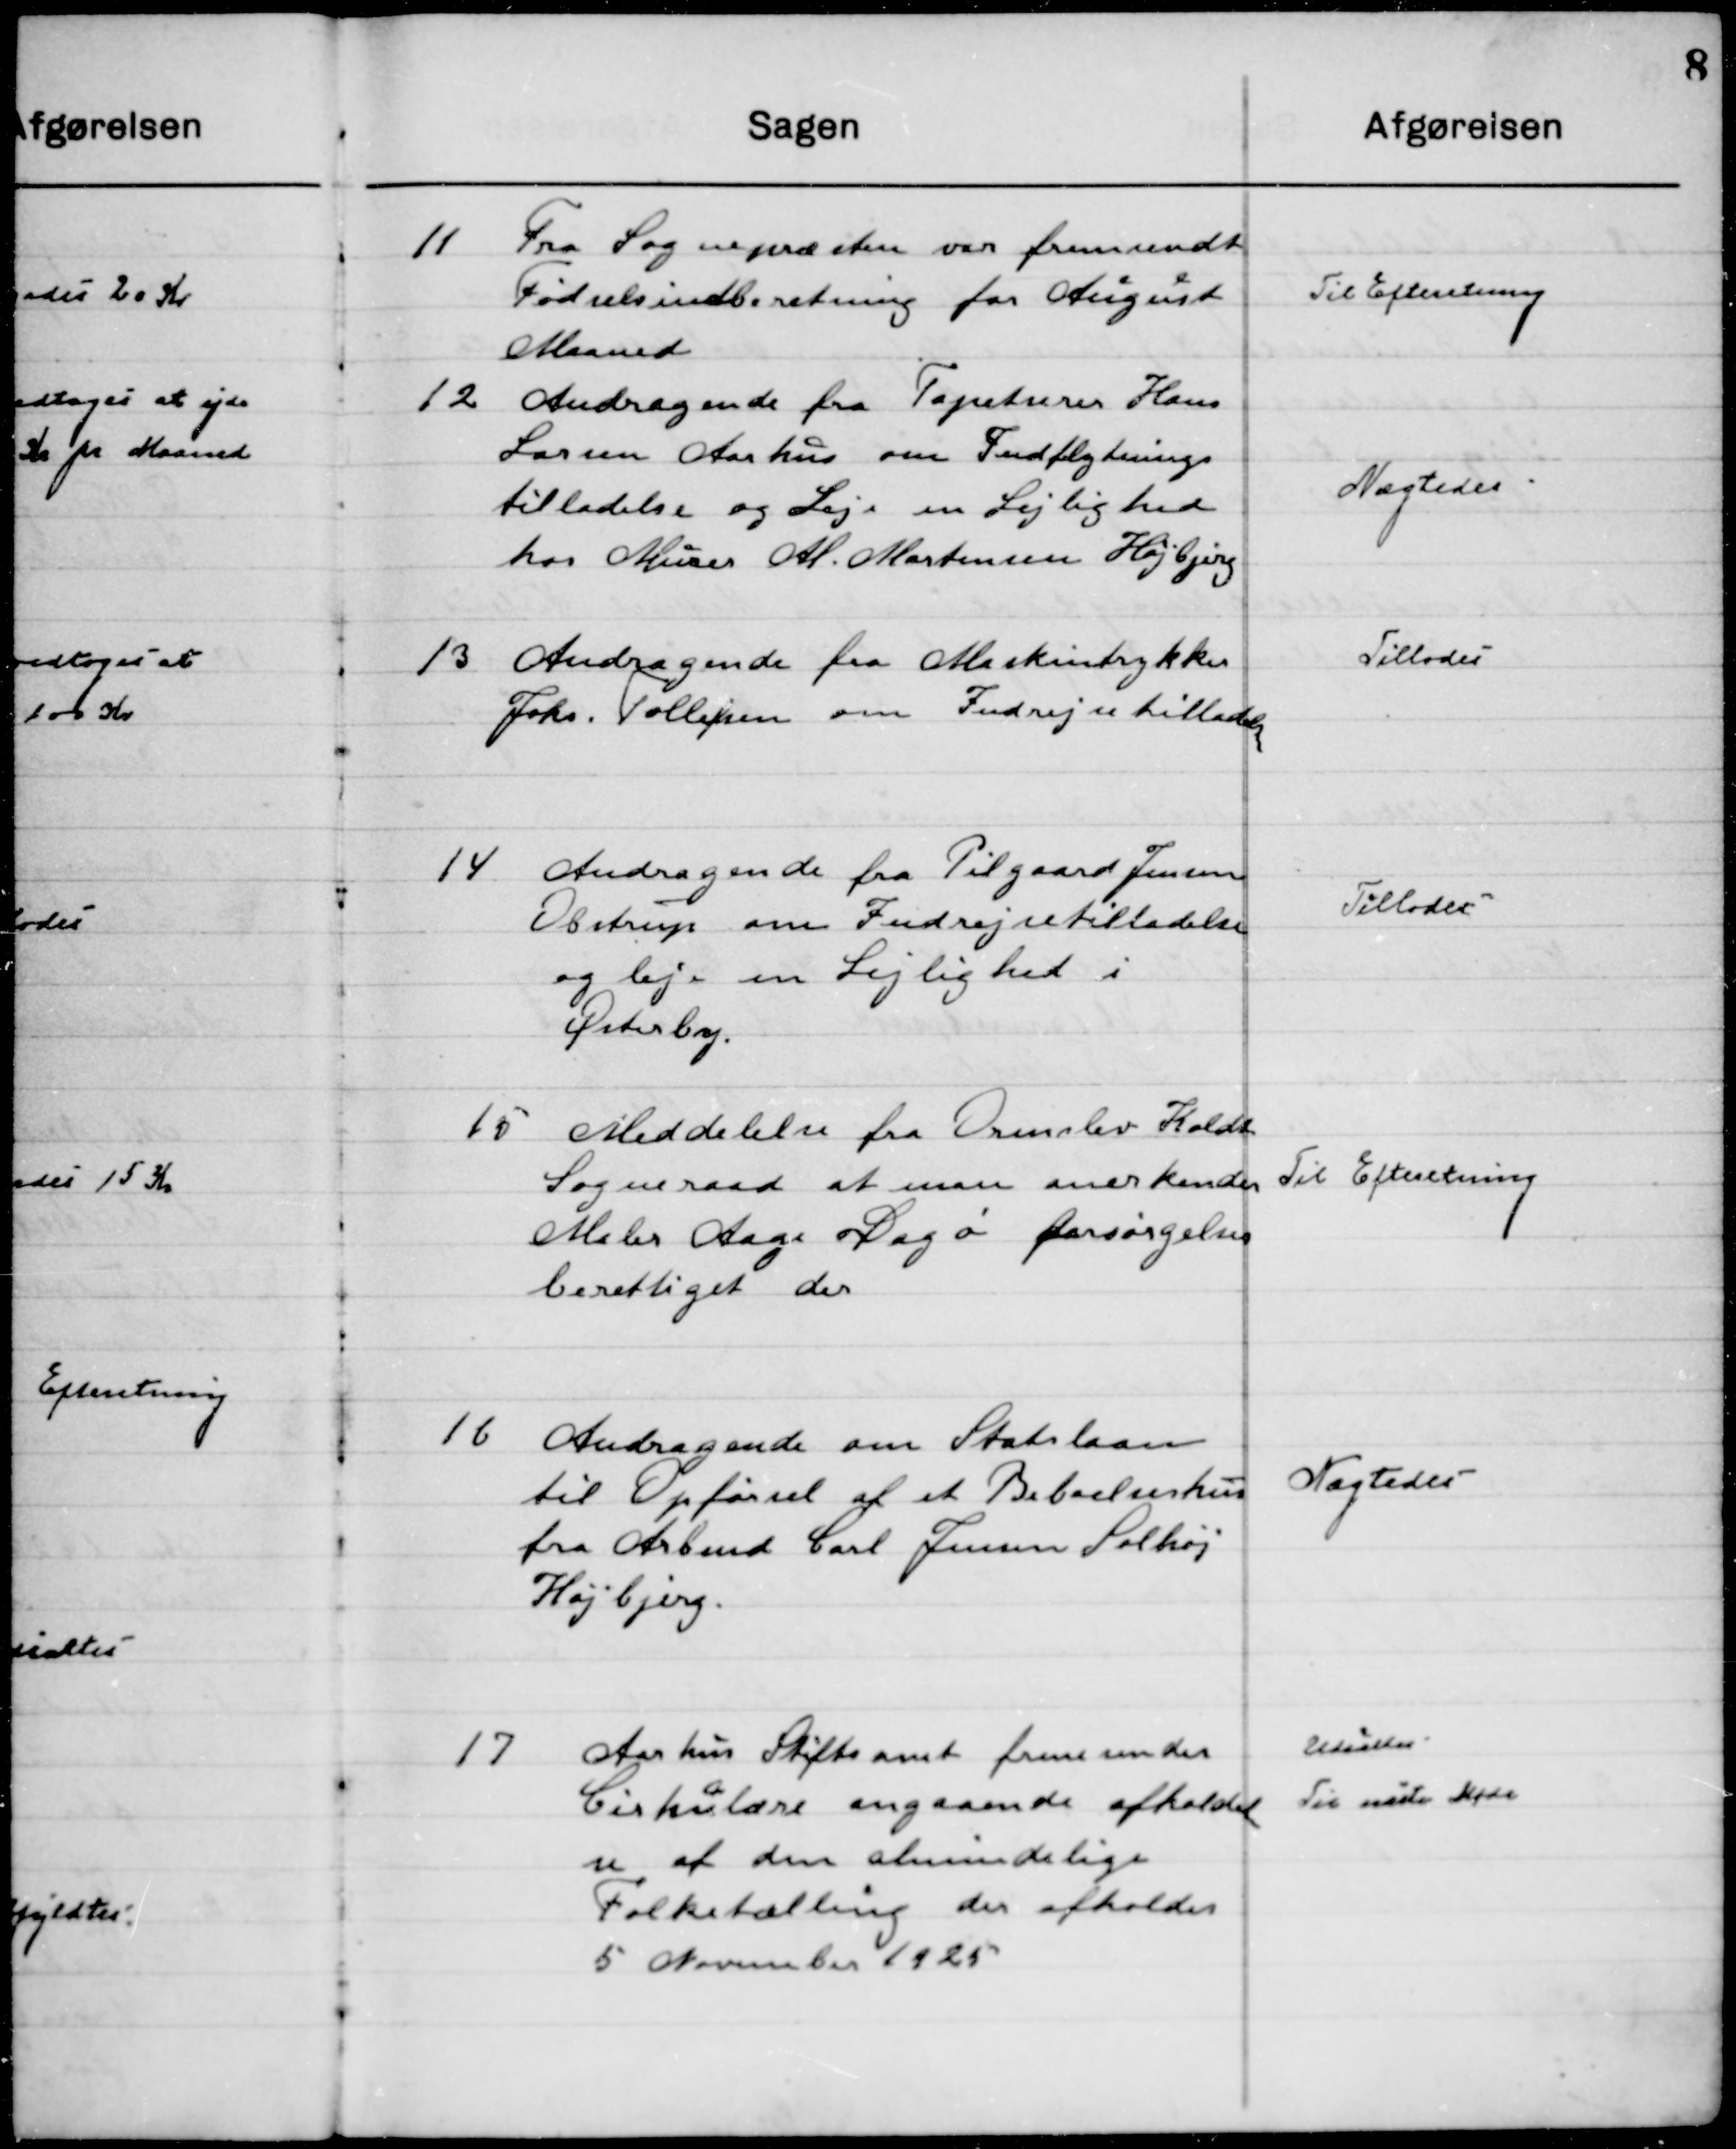
Transskription:
11

Fra Sognepræsten var fremsendt
Fødselsindberetning for August
Maaned.

Til Efterretning

12

Andragende fra Tapetserer Hans 
Larsen, Aarhus, om Indflytnings-
tilladelse og Leje en Lejlighed 
hos Murer Al. Mortensen Højbjerg

Nægtedes

13

Andragende fra Maskintrykker
Johs. Tollefsen om Indrejsetilladelse

Tillodes

14

Andragende fra Pilgaard Jensen
Obstrup om Indrejsetilladelse
og leje en Lejlighed i
Østerby.

Tillodes

15

Meddelelse fra Ormslev Koldt
Sogneraad at man anerkender
Maler Aage Dagø forsørgelses- 	
berettiget der.

Til Efterretning

16

Andragende om Statslaan
til Opførelse af et Beboelseshus
fra Arbmd. Carl Jensen Solhøj
Højbjerg.

Nægtedes

17

Aarhus Stiftsamt fremsender
Cirkulære angaaende afholdel-
se af den almindelige
Folketælling der afholdes
5 November 1925

Udsættes 
til næste Møde